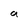
Character: a